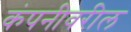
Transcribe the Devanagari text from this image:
कंपनीवरील